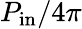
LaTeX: P_{\mathrm{in}}/4\pi